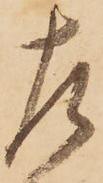
左